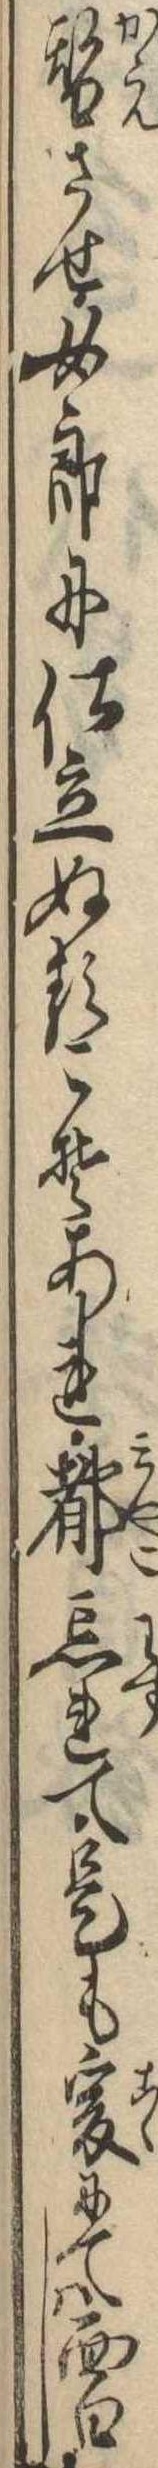
替させ女郎に仕立ぬるこそあれ都忘れて是も爰にては面白し